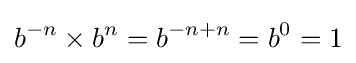
b^{-n}\times b^{n}=b^{-n+n}=b^{0}=1